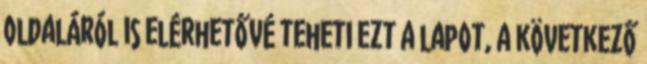
oldaláról is elérhetővé teheti ezt a lapot, a következő